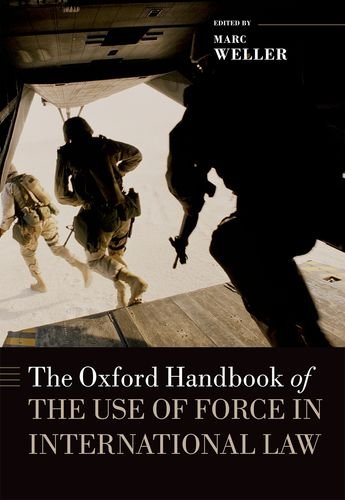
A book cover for The Oxford Handbook of the Use of Force in International Law (Oxford Handbooks in Law); Marc Weller; Law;